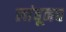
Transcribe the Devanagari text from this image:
लांबूनच